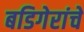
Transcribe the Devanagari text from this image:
बडिगेरांचे